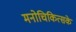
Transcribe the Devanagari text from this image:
मनोचिकित्सके